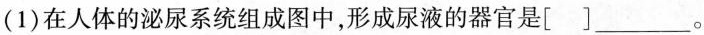
(1)在人体的泌尿系统组成图中，形成尿液的器官是[ ]___。